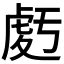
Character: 𧆶